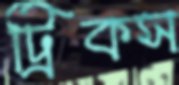
ট্রিকস